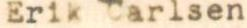
Erik Carlsen